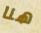
هنا